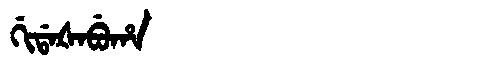
Manchu: ᡤᡳᡩᠠᡧᠠᠪᡠᡥᠠ
Romanization: GIDAŠABUHA